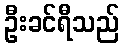
ဦးခင်ရီသည်